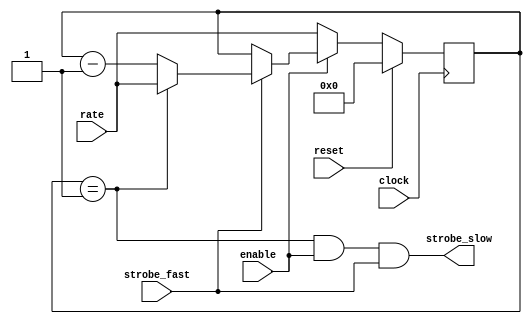
module cic_strober
  #(parameter WIDTH=8)
    ( input clock,
      input reset,
      input enable,
      input [WIDTH-1:0] rate, // Rate should EQUAL to your desired divide ratio, no more -1 BS
      input strobe_fast,
      output wire strobe_slow );
   
   reg [WIDTH-1:0] counter;
   wire      now = (counter==1);
   assign    strobe_slow = now && enable && strobe_fast;
   
   always @(posedge clock)
     if(reset)
       counter <= 0; 
     else if (~enable)
       counter <= rate;
     else if(strobe_fast)
       if(now)
	 counter <= rate;
       else 
	 counter <= counter - 1;
   
endmodule